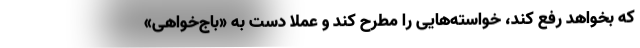
که بخواهد رفع کند، خواسته‌هایی را مطرح کند و عملاً دست به «باج‌خواهی»